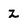
Character: Z